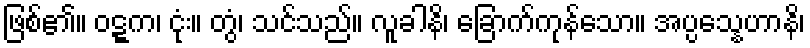
ဖြစ်၏။ ဝဋ္ဋက၊ ငုံး။ တွံ၊ သင်သည်။ လူခါနိ၊ ခြောက်ကုန်သော။ အပ္ပသ္နေဟာနိ၊